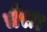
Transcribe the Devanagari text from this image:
चेरा।